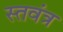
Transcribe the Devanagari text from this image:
स्तवंत्र